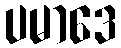
ပမာဒေ